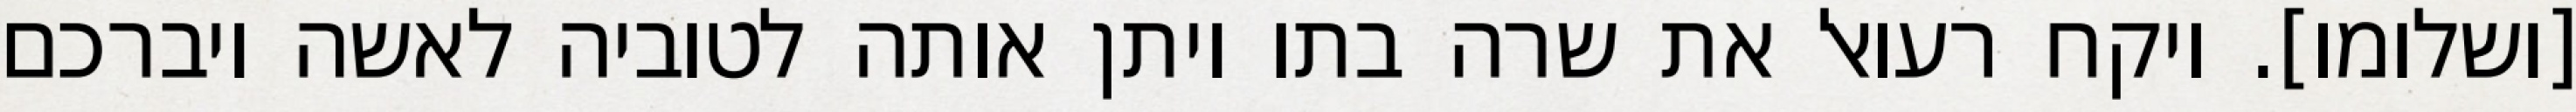
[ושלומו]. ויקח רעואל את שרה בתו ויתן אותה לטוביה לאשה ויברכם